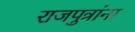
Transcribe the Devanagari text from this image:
राजपुत्रांना